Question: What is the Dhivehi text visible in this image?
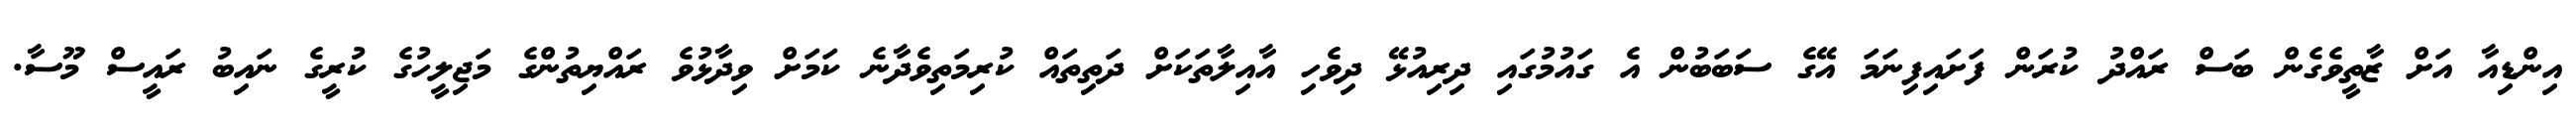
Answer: އިންޑިއާ އަށް ޒާތީވެގެން ބަސް ރައްދު ކުރަން ފަށައިފިނަމަ އޭގެ ސަބަބުން އެ ގައުމުގައި ދިރިއުޅޭ ދިވެހި އާއިލާތަކަށް ދަތިތައް ކުރިމަތިވެދާނެ ކަމަށް ވިދާޅުވެ ރައްޔިތުންގެ މަޖިލީހުގެ ކުރީގެ ނައިބު ރައީސް މޫސާ.